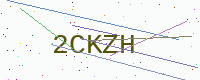
Text: 2CKZH